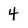
Character: 4